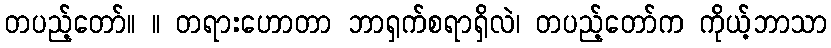
တပည့်တော်။ ။ တရားဟောတာ ဘာရှက်စရာရှိလဲ၊ တပည့်တော်က ကိုယ့်ဘာသာ